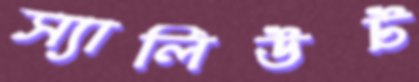
স্যালিউট